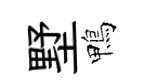
墅鴨